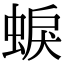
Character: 蜧